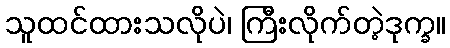
သူထင်ထားသလိုပဲ၊ ကြီးလိုက်တဲ့ဒုက္ခ။